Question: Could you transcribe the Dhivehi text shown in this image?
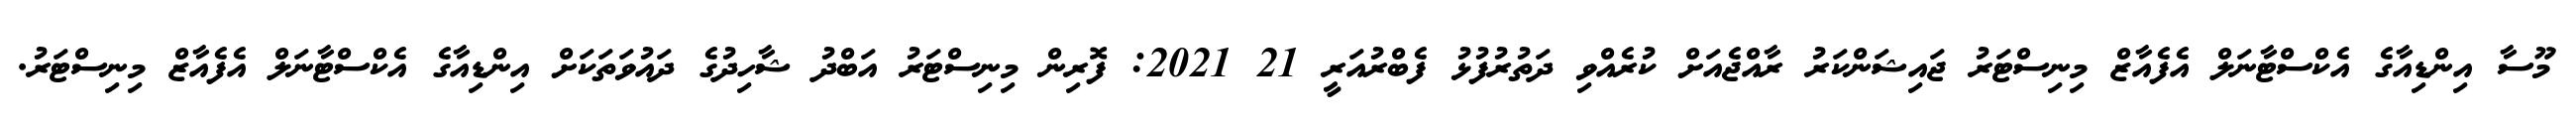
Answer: މޫސާ އިންޑިއާގެ އެކްސްޓާނަލް އެފެއާޒް މިނިސްޓަރު ޖައިޝަންކަރު ރާއްޖެއަށް ކުރެއްވި ދަތުރުފުޅު ފެބްރުއަރީ 21 2021: ފޮރިން މިނިސްޓަރު އަބްދު ޝާހިދުގެ ދައުވަތަކަށް އިންޑިއާގެ އެކްސްޓާނަލް އެފެއާޒް މިނިސްޓަރު.